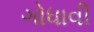
ગોધાવી